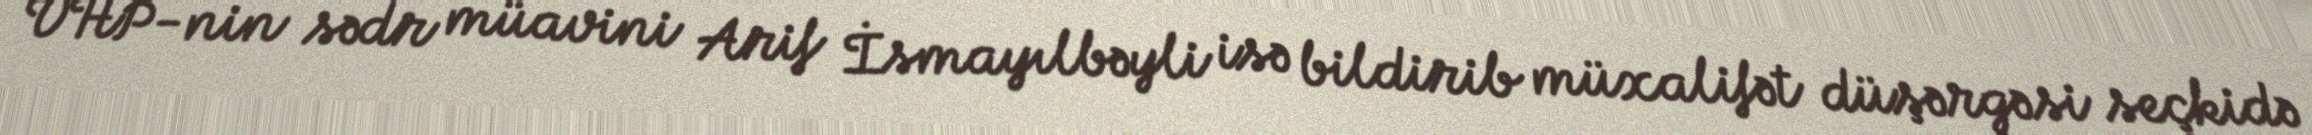
VHP-nin sədr müavini Arif İsmayılbəyli isə bildirib müxalifət düşərgəsi seçkidə